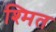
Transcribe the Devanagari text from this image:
श्मित